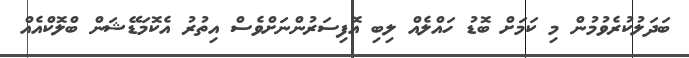
ބަދަލުކުރެވުމުން މި ކަމަށް ބޮޑު ހައްލެއް ލިބި އޮފިސަރުންނަށްވެސް އިތުރު އެކޮމަޑޭޝަން ބްލޮކްއެއް